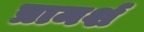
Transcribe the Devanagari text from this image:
प्रामर्श